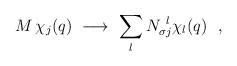
\begin{align*} M \, \chi_j (q) \ \longrightarrow \ \sum_l N_{\sigma j} ^{\ l } \chi_l(q)\ \ ,\end{align*}